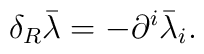
\delta _R\bar \lambda =-\partial ^i\bar \lambda _i.